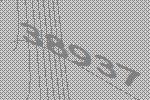
38937